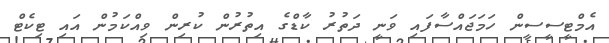
އެމްޓީސީސީން ހަމަޖައްސާފައި ވަނީ ދަތުރު ކާޑްގެ އިތުރުން ކުރިން ވިއްކަމުން އައި ޓިކެޓް